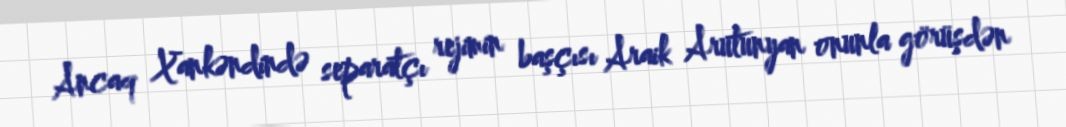
Ancaq Xankəndində separatçı rejimin başçısı Araik Arutunyan onunla görüşdən